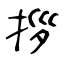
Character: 拶